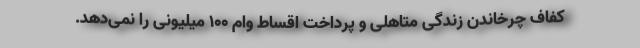
کفاف چرخاندن زندگی متاهلی و پرداخت اقساط وام ۱۰۰ میلیونی را نمی‌دهد.